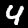
Label: 4